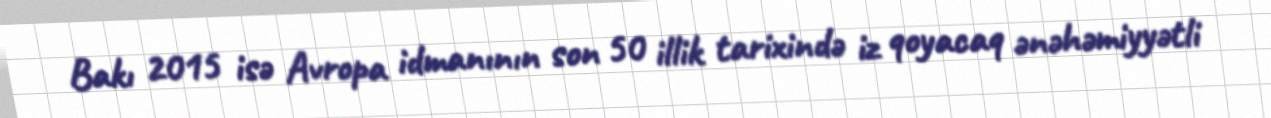
Bakı 2015 isə Avropa idmanının son 50 illik tarixində iz qoyacaq ənəhəmiyyətli